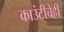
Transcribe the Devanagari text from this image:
काउंटीचेही